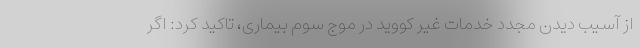
از آسیب دیدن مجدد خدمات غیر کووید در موج سوم بیماری، تاکید کرد: اگر